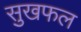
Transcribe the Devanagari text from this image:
सुखफल